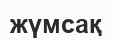
жүмсақ